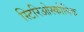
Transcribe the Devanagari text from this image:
स्टिरिओस्कोपिक